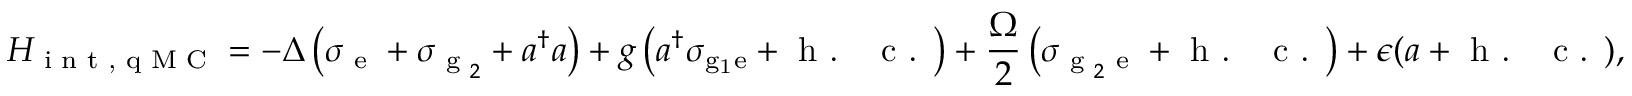
H _ { \textrm { i n t , q M C } } = - \Delta \left( \sigma _ { \textrm { e } } + \sigma _ { \textrm { g } _ { 2 } } + a ^ { \dagger } a \right) + g \left( a ^ { \dagger } \sigma _ { \mathrm { { g } _ { 1 } \mathrm { e } } } + \textrm { h . ~ c . } \right) + \frac { \Omega } { 2 } \left( \sigma _ { \textrm { g } _ { 2 } \textrm { e } } + \textrm { h . ~ c . } \right) + \epsilon ( a + \textrm { h . ~ c . } ) ,